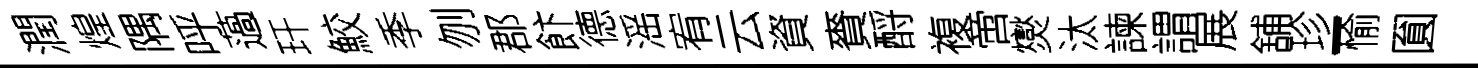
潤煌隅呼薖玕鮫季刎郡飰德滛宥云資賚酹複啻爕汰諫謂展舖珍-愉圎